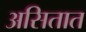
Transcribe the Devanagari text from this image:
असितात